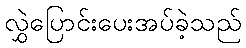
လွှဲပြောင်းပေးအပ်ခဲ့သည်